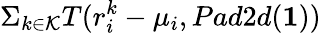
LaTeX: \Sigma_{k\in\mathcal{K}}T(r_{i}^{k}-\mu_{i},Pad2d(\mathbf{1}))